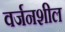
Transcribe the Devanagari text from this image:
वर्जनशील